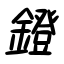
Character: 鐙